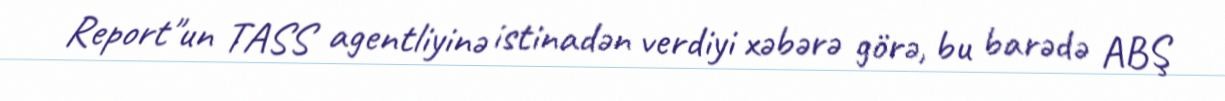
Report"un TASS agentliyinə istinadən verdiyi xəbərə görə, bu barədə ABŞ